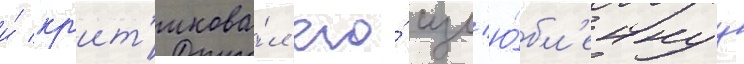
и́ кр'ит'икова́л его́ изл'ю́бл'еннуу